Report on horse surra - Volume I
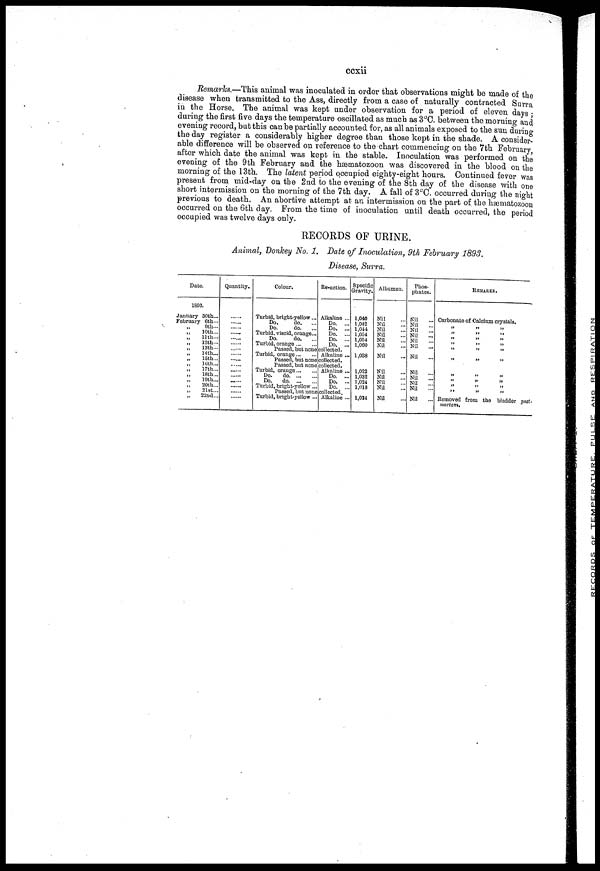
ccxii
Remarks.—This animal was inoculated in order that observations might be made of the
disease when transmitted to the Ass, directly from a case of naturally contracted Surra
in the Horse. The animal was kept under observation for a period of eleven days;
during the first five days the temperature oscillated as much as 3°C. between the morning and
evening record, but this can be partially accounted for, as all animals exposed to the sun during
the day register a considerably higher degree than those kept in the shade. A consider-
able difference will be observed on reference to the chart commencing on the 7th February,
after which date the animal was kept in the stable. Inoculation was performed on the
evening of the 9th February and the hæmatozoon was discovered in the blood on the
morning of the 13th. The latent period occupied eighty-eight hours. Continued fever was
present from mid-day on the 2nd to the evening of the 8th day of the disease with one
short intermission on the morning of the 7th day. A fall of 3°C. occurred during the night
previous to death. An abortive attempt at an intermission on the part of the hæmatozoon
occurred on the 6th day. From the time of inoculation until death occurred, the period
occupied was twelve days only.
RECORDS OF URINE.
Animal, Donkey No. 1. Date of Inoculation, 9th February 1893.
Disease, Surra.
Date.
1893.
January 30th...
February 6th—
„ 9th...
„ 10th...
„
11th...
„
12th...
„
13th...
„
14th...
„
15th...
„
10 th...
„
17th...
„
18th...
„
19th...
„
20th...
„
21st...
„
22nd...
Quantity.
...
...
...
...
...
...
...
...
... ...
...
... ...
...
...
Colour.
Turbid, bright-yellow...
Do.
do.
Do.
do.
Turbid, viscid, orange-
Do.
do.
Turbid, orange
Passed, but none
Turbid, orange
Passed, but none
Passed, but none
Turbid, orange
Do.
do
Do.
do.
Turbid, bright-yellow ...
Passed, but none
Turbid, bright-yellow ...
Re-action.
Alkaline ...
Do. ...
Do. ...
Do. ...
Do. ...
Do. ...
collected.
Alkaline ...
collected.
collected.
Alkaline ...
Do. ...
Do. ...
Do. ...
collocted.
Alkaline ...
Specific
Gravity.
1,040
1,042
1,044
1,054
1,054
1,060
1,038
1,022
1,032
1,024
1,018
1,024
Albumen.
Nil
Nil
Nil
Nil
Nil
Nil
Nil
Nil
Nil
Nil
Nil
Nil
Phos¬
phates.
Nil ...
Nil ...
Nil ...
Nil
...
Nil ...
Nil
...
Nil
...
Nil
...
Nil
Nil
Nil
Nil
...
REMARKS.
Carbonate of Calcium crystals.
„
„
„
„
„
„
„
„
„
„
Removed
mortem.
„
„
„
„
„
„
„
„
„
„
from the
„
„
„
„
„
„
„
„
„
„
bladder post.